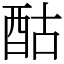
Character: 酤